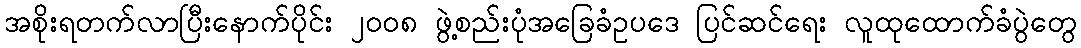
အစိုးရတက်လာပြီးနောက်ပိုင်း ၂၀၀၈ ဖွဲ့စည်းပုံအခြေခံဥပဒေ ပြင်ဆင်ရေး လူထုထောက်ခံပွဲတွေ